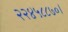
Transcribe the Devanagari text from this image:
२२४५८८७०।